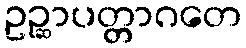
ဥဉ္ဆာပတ္တာဂတေ